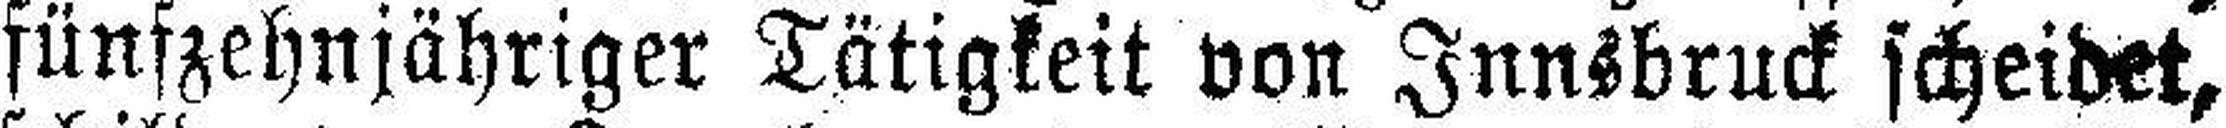
fünfzehnjähriger Tätigkeit von Innsbruck scheidet,